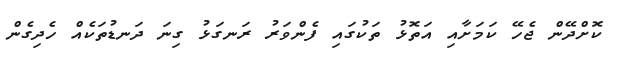
ކޮށްދޭން ޖެހޭ ކަމަށާއި އަތޮޅު ތަކުގައި ފެންވަރު ރަނގަޅު ގިނަ ދަނޑުތަކެއް ހެދިގެން